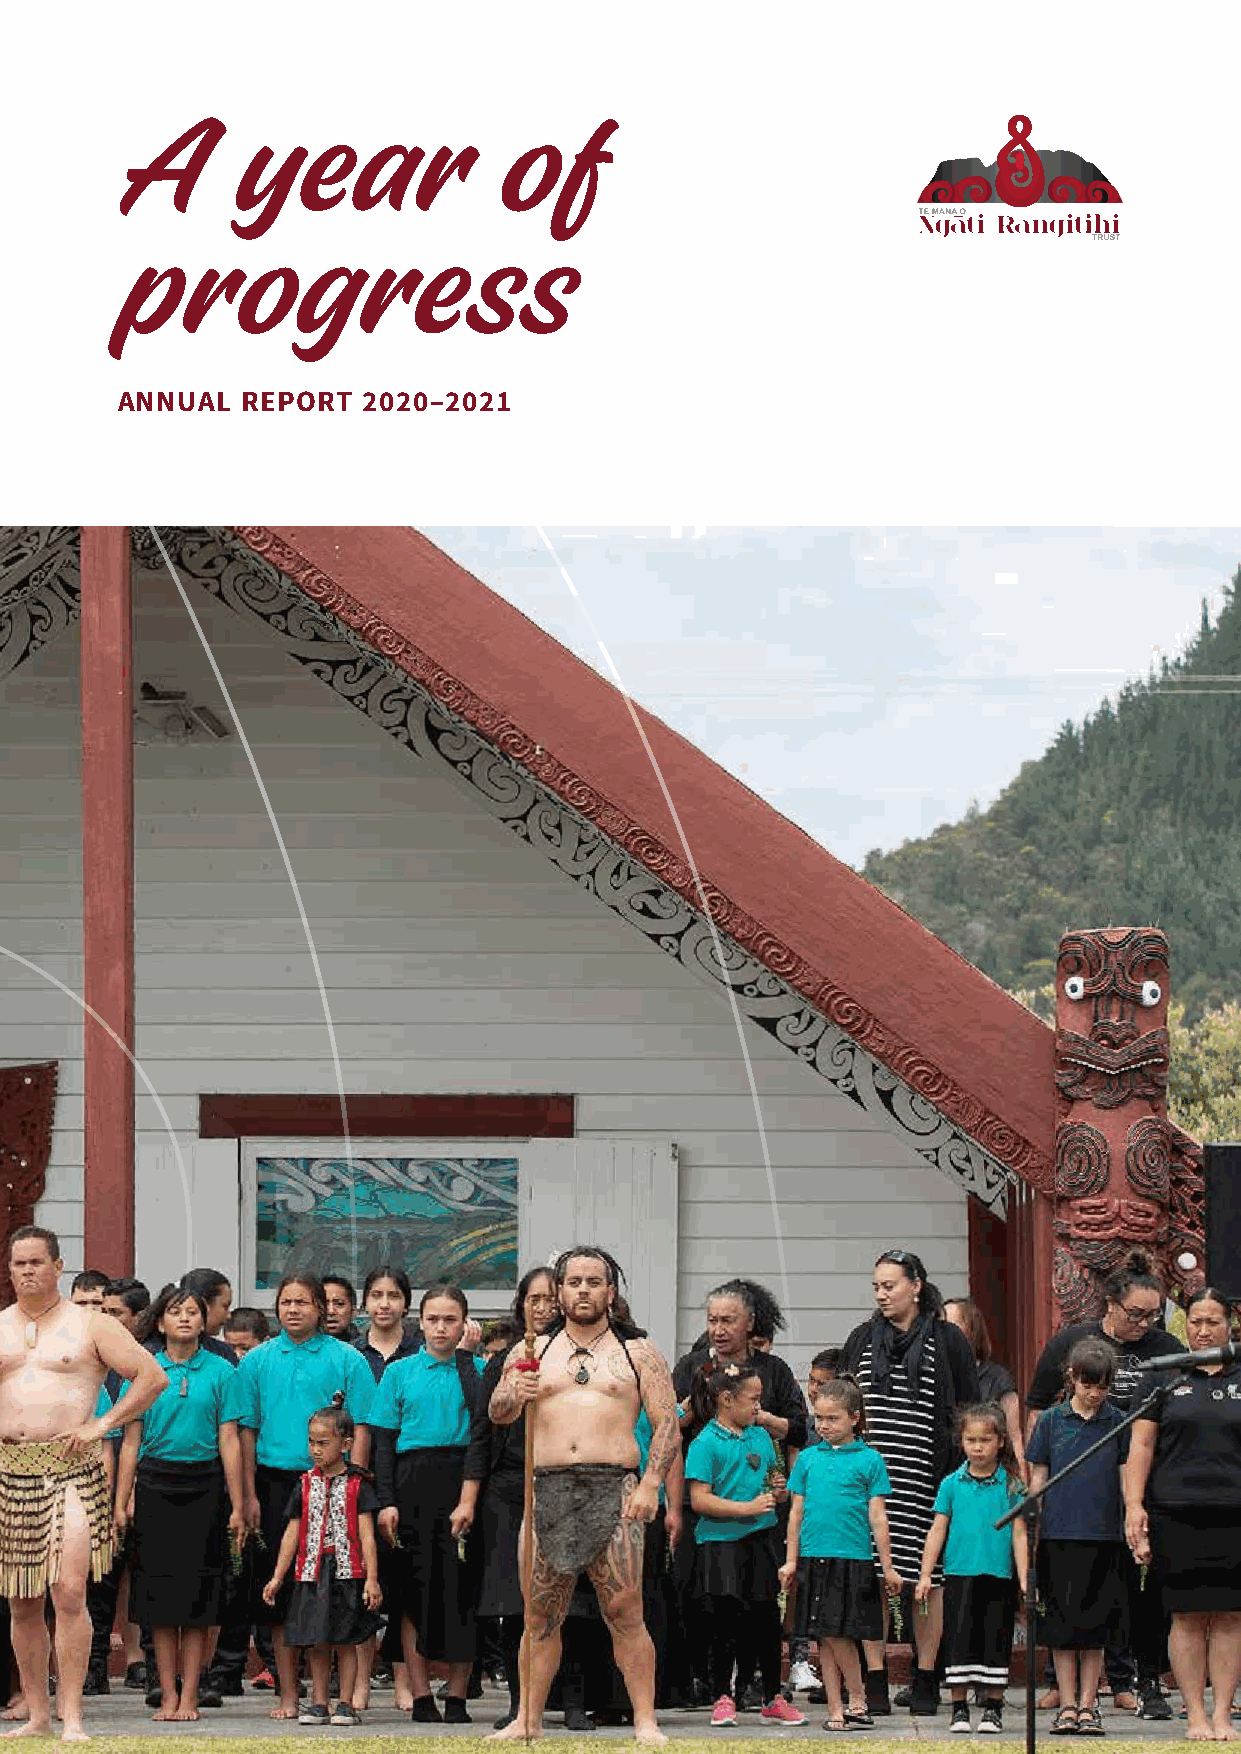
A      year              of
 progress
 ANNUAL  REPORT  2020–2021